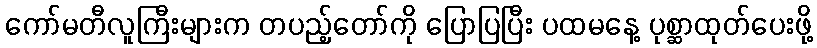
ကော်မတီလူကြီးများက တပည့်တော်ကို ပြောပြပြီး ပထမနေ့ ပုစ္ဆာထုတ်ပေးဖို့